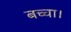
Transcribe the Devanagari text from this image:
बच्चा।